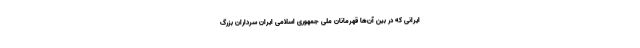
ایرانی که در بین آن‌ها قهرمانان ملی جمهوری اسلامی ایران سرداران بزرگ